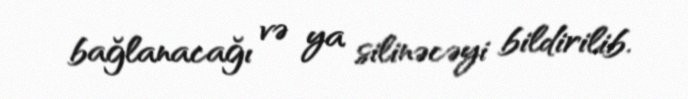
bağlanacağı və ya silinəcəyi bildirilib.